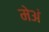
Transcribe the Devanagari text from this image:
मेअं